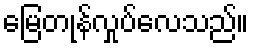
မြေတုန်လှုပ်လေသည်။